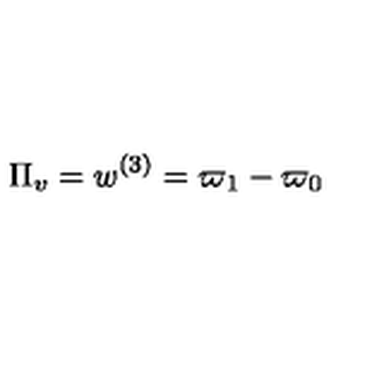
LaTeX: \Pi _ { v } = w ^ { ( 3 ) } = \varpi _ { 1 } - \varpi _ { 0 }